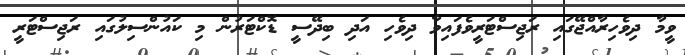
ވީމާ ދިވެހިރާއްޖޭގައި ރަޖިސްޓަރީވެފައިވާ ދިވެހި އަދި ބިދޭސީ ޑޮކްޓަރުން މި ކައުންސިލުގައި ރަޖިސްޓަރީ